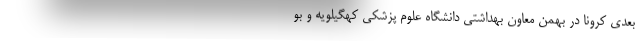
بعدی کرونا در بهمن معاون بهداشتی دانشگاه علوم پزشکی کهگیلویه و بو